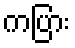
ကပြား